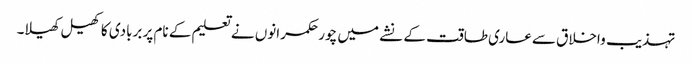
تہذیب واخلاق سےعاری طاقت کے نشے میں چور حکمرانوں نے تعلیم کے نام پر بربادی کاکھیل کھیلا۔